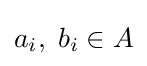
a_{i},\;b_{i}\in A